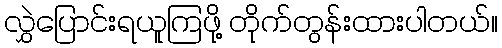
လွှဲပြောင်းရယူကြဖို့ တိုက်တွန်းထားပါတယ်။